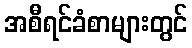
အစီရင်ခံစာများတွင်